Lunatic asylums Madras 1892-1911 - 1892-1911
Year: 1892
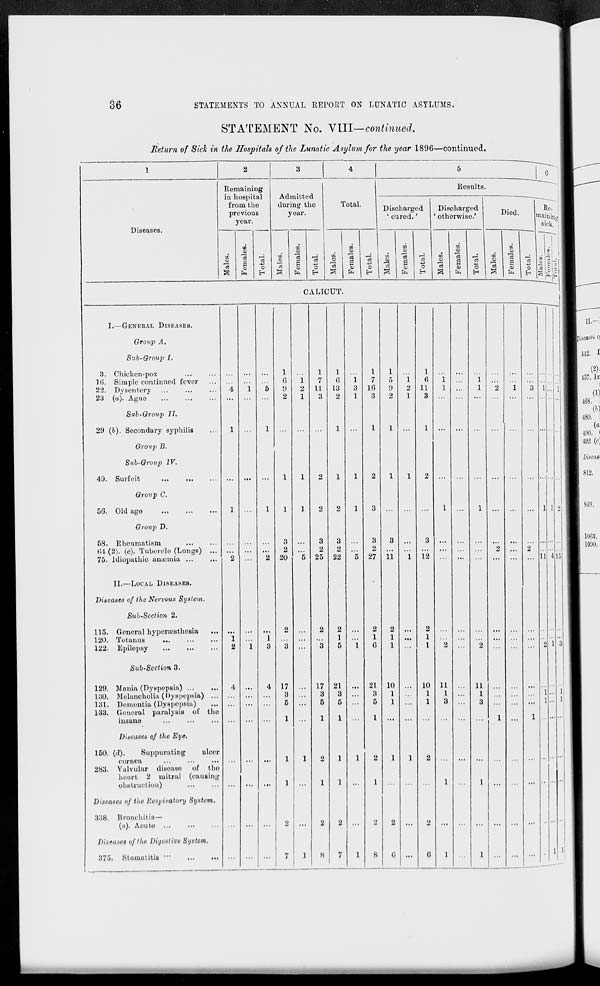
36
STATEMENTS TO ANNUAL REPORT ON LUNATIC ASYLUMS.
STATEMENT No. YUI—continued.
Return of Sick in the Hospitals of the Lunatic Asylum for the year 1896—continued.
1
2
3
4
5
Diseases.
Remaining
in hospital
from the
previous
year.
Admitted
during the
year.
Total.
Results.
Discharged
' cured.'
Discharged
' otherwise.'
Died.
to
Is
00
o
S
"3
o
EH
03
S
9
"3
0
H
CO
01
1 3
09
O
O
OQ
o5
0
a
O
H
m
00
"3
8
CALICUT.
I.—GENERAL DISEASES.
Group A.
Sub-Grouj) I.
3. Chicken-pox
1(5. Simple continued fever
22. Dysentery
23 (a). Ague
4
i 5
1
6
0
2
1
2
1
1
7
11
3
1
6
13
2
1
3
1
1
7
16
3
1
5
9
2
1
2
1
1
6
11
3
i
1
:::
i
1
2
1
3
Sub-Group II.
29 (b). Secondary syphilis
1
1
...
...
...
1
...
1
1 ...
1 ...
...
...
...
Group B.
Sub-Qroup IV.
49. Surfeit
...
...
...
...
1
1
2
1
1
2
1
1
2 ...
...
...
...
Group C.
56. Old ago
1
...
1
1
1
2
2
1
3 ...
...
...
1
...
1 ...
...
...
Group D.
58. Rheumatism
04 (2). (c). Tubercle (Lungs) ...
75. Idiopathio anamiia ...
...
2
...
2
3
2
20 "5
3
2
25
3
2
22
5
3
2
27
3
11
1
3
12 =
...
2
2
II.—LOCAL DISEASES.
Diseases of the Nervous System.
Sub-Section 2.
115. General hyporacsthesia
120. Tetanus
...
122. Epilepsy
"i
2
I
1
3
2
3
...
2
3
2
1
5
i
2
1
6
2
1
1
...
2
1
1
2
"2
...
Sub-Section 3.
129. Mania (Dyspepsia)
130. Melancholia (Dyspepsia) ...
1.31. Dementia (Dyspepsia)
133. General paralysis of the
insane
4
4 17
3
5
1
...
17
3
5
1
21
3
5
1
...
21
3
5
1
10
1
1
...
10
1
1
11
1
3
...
11
1
3
1
1
Diseases of the Eye.
150. {(1).
Suppurating
ulcer
cornea
283. Valvular disoaso
of the
heart 2 mitral (causing
obstruction)
...
...
...
1
1
1
2
1
1
1
1
2
1
1
1
2
1
...
1
Diseases of the Respiratory System.
338. Bronchitis—
(</). Acute ...
...
...
...
2 ...
2
2 ...
2
2 ...
2 ...
...
...
...
...
Diseases oftlm Dijcstive System.
375. Stomatitis ""
...
... ...
...
...
7
1
8
7 1 8 0 ...
6
1
1
...
...
...
Re. ;
maininj;
sick/!
■1
OJ
11
Lfi